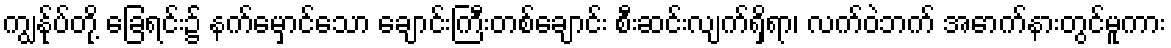
ကျွန်ုပ်တို့ ခြေရင်း၌ နက်မှောင်သော ချောင်းကြီးတစ်ချောင်း စီးဆင်းလျက်ရှိရာ၊ လက်ဝဲဘက် အောက်နားတွင်မူကား